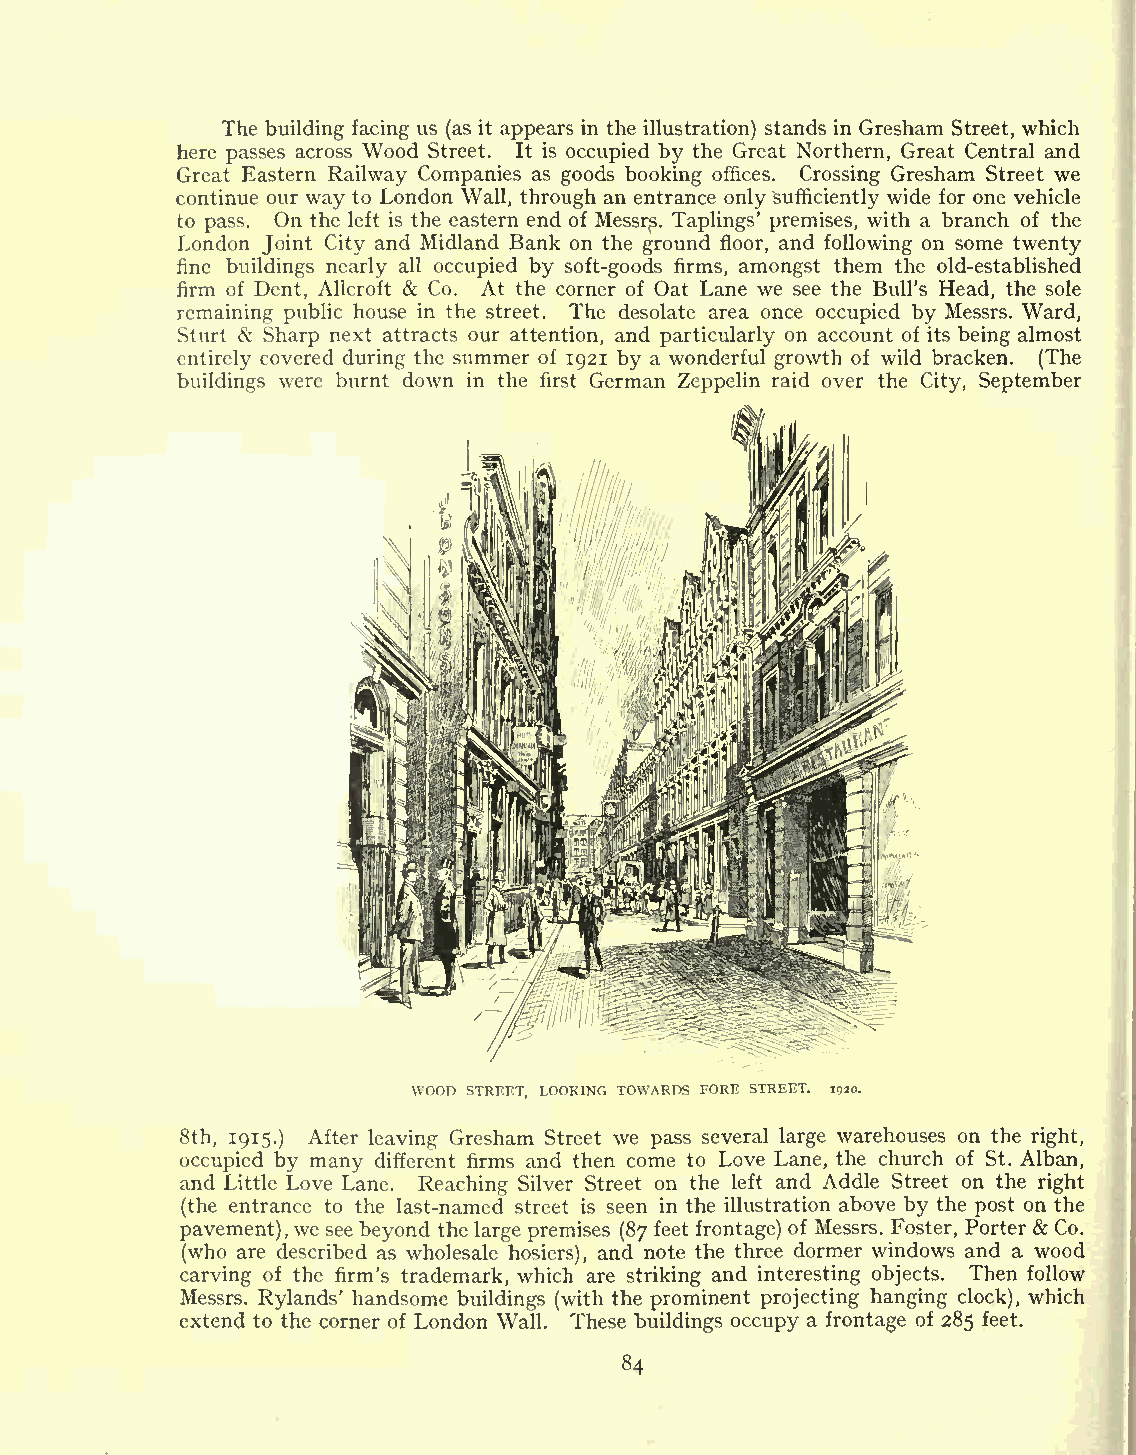
The building facing us (as it appears in the illustration) stands in Gresham Street, which
 here passes across Wood Street. It is occupied by the Great Northern, Great Central and
 Great Eastern Railway Companies as goods booking offices. Crossing Gresham Street we
 continue our way to London Wall, through an entrance only sufficiently wide for one vehicle
 to pass. On the left is the eastern end of Messr3. Taplings' premises, with a branch of the
 London Joint City and Midland Bank on the ground floor, and following on some twenty
 fine buildings nearly all occupied by soft-goods firms, amongst them the old-established
 firm of Dent, Allcroft & Co. At the corner of Oat Lane we see the Bull's Head, the sole
 remaining public house in the street. The desolate area once occupied by Messrs. Ward,
 Sturt & Sharp next attracts our attention, and particularly on account of its being almost
 entirely covered during the summer of 1921 by a wonderful growth of wild bracken. (The
 buildings were burnt down in the first German Zeppelin raid over the City, September
 WOOD STREET, LOOKING TOWARDS FORE STREET. 1920.
 8th, 1915.) After leaving Gresham Street we pass several large warehouses on the right,
 occupied by many different firms and then come to Love Lane, the church of St. Alban,
 and Little Love Lane. Reaching Silver Street on the left and Addle Street on the right
 (the entrance to the last-named street is seen in the illustration above by the post on the
 pavement),we see beyond the large premises (87 feet frontage) of Messrs. Foster, Porter & Co.
 (who are described as wholesale hosiers), and note the three dormer windows and a wood
 carving of the firm's trademark, which are striking and interesting objects. Then follow
 Messrs. Rylands' handsome buildings (with the prominent projecting hanging clock), which
 extend to the corner of London Wall. These buildings occupy a frontage of 285 feet.
 84